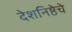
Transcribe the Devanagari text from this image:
देशनिष्ठेचे